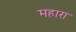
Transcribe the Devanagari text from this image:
महारा